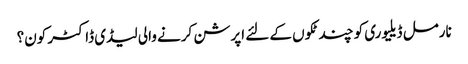
نارمل ڈیلیوری کو چند ٹکوں کے لئے اپرشن کرنے والی لیڈی ڈاکٹر کون؟